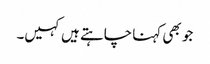
جو بھی کہنا چاہتے ہیں کہیں۔